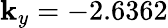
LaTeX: \mathbf{k}_{y}=-2.6362